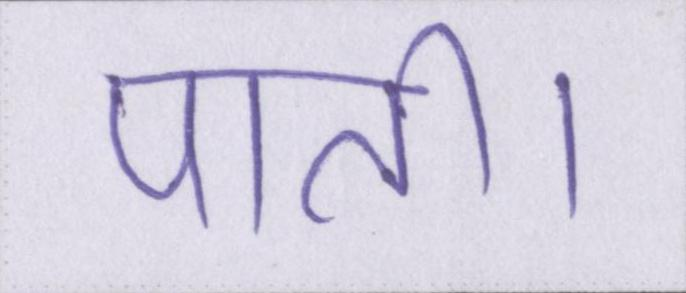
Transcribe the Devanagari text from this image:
पाती।